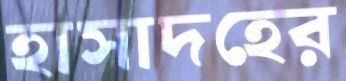
হাসাদহের